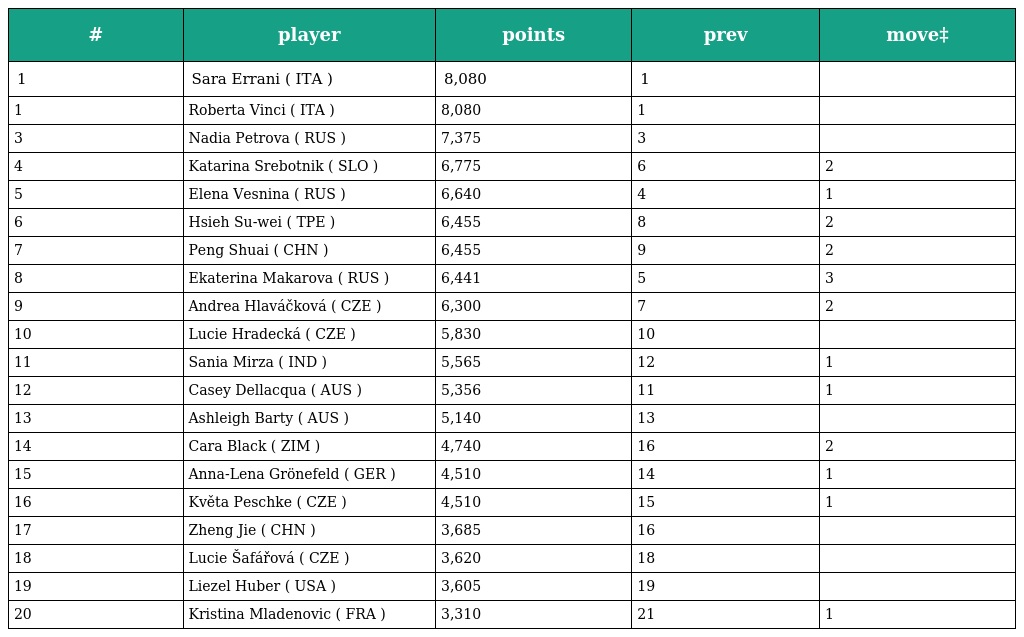
| # | player | points | prev | move‡ |
 | --- | --- | --- | --- | --- |
 | 1 | Sara Errani ( ITA ) | 8,080 | 1 |  |
 | 1 | Roberta Vinci ( ITA ) | 8,080 | 1 |  |
 | 3 | Nadia Petrova ( RUS ) | 7,375 | 3 |  |
 | 4 | Katarina Srebotnik ( SLO ) | 6,775 | 6 | 2 |
 | 5 | Elena Vesnina ( RUS ) | 6,640 | 4 | 1 |
 | 6 | Hsieh Su-wei ( TPE ) | 6,455 | 8 | 2 |
 | 7 | Peng Shuai ( CHN ) | 6,455 | 9 | 2 |
 | 8 | Ekaterina Makarova ( RUS ) | 6,441 | 5 | 3 |
 | 9 | Andrea Hlaváčková ( CZE ) | 6,300 | 7 | 2 |
 | 10 | Lucie Hradecká ( CZE ) | 5,830 | 10 |  |
 | 11 | Sania Mirza ( IND ) | 5,565 | 12 | 1 |
 | 12 | Casey Dellacqua ( AUS ) | 5,356 | 11 | 1 |
 | 13 | Ashleigh Barty ( AUS ) | 5,140 | 13 |  |
 | 14 | Cara Black ( ZIM ) | 4,740 | 16 | 2 |
 | 15 | Anna-Lena Grönefeld ( GER ) | 4,510 | 14 | 1 |
 | 16 | Květa Peschke ( CZE ) | 4,510 | 15 | 1 |
 | 17 | Zheng Jie ( CHN ) | 3,685 | 16 |  |
 | 18 | Lucie Šafářová ( CZE ) | 3,620 | 18 |  |
 | 19 | Liezel Huber ( USA ) | 3,605 | 19 |  |
 | 20 | Kristina Mladenovic ( FRA ) | 3,310 | 21 | 1 |